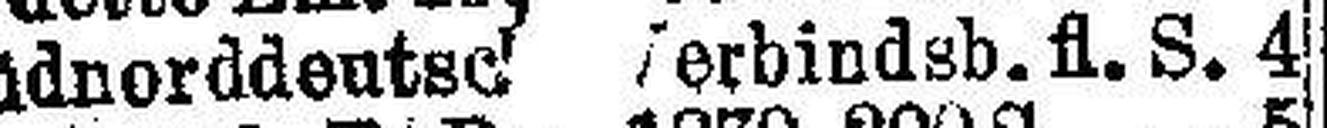
Südnorddentse Verbindsb. fl. S. 4